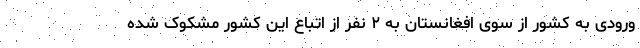
ورودی به کشور از سوی افغانستان به ۲ نفر از اتباع این کشور مشکوک شده